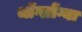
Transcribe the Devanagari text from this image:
थोंग्लोंग्या